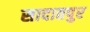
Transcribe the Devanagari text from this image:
सादातपुर